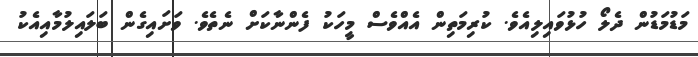
މަޑުމަޑުން ދެލޯ ހުޅުވައިލިއެވެ. ކުރިމަތިން އެއްވެސް މީހަކު ފެންނާކަށް ނެތެވެ. ވަށައިގެން ބަލައިލުމާއިއެކު